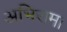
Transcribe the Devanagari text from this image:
अभिराम।